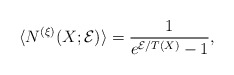
\begin{align*}\langle N^{(\xi)} (X; {\cal E}) \rangle = \frac{1}{e^{{\cal E} / T (X)} - 1} , \end{align*}